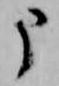
申